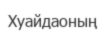
Хуайдаоның